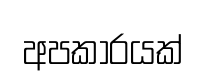
අපකාරයක්